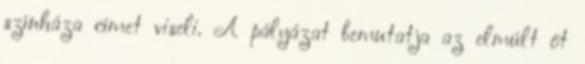
színháza címet viseli. A pályázat bemutatja az elmúlt öt